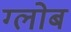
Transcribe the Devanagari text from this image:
ग्‍लोब